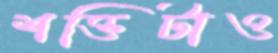
শক্তিটাও